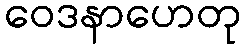
ဝေဒနာဟေတု